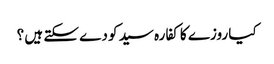
کیا روزے کا کفارہ سید کو دے سکتے ہیں ؟